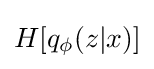
H[q_{\phi }(z|x)]